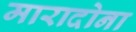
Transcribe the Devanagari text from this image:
मारादोना